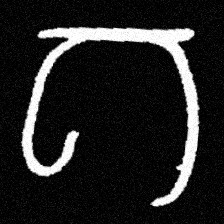
Pyu character \u2014 Myanmar letter: ဂ (romanized: ga)